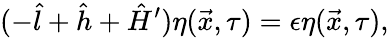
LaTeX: (-\hat{l}+\hat{h}+\hat{H}^{\prime})\eta(\vec{x},\tau)=\epsilon\eta(\vec{x},\tau),